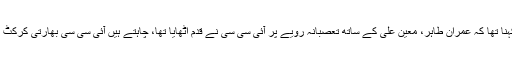
چیئرمین پی سی بی کا کہنا تھا کہ عمران طاہر، معین علی کے ساتھ تعصبانہ رویے پر آئی سی سی نے قدم اٹھایا تھا، چاہتے ہیں آئی سی سی بھارتی کرکٹ بورڈ کیخلاف ایکشن لے۔